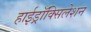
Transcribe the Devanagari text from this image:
हाईड्रॉक्सिलेशन